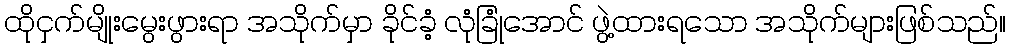
ထိုငှက်မျိုးမွေးဖွားရာ အသိုက်မှာ ခိုင်ခံ့ လုံခြုံအောင် ဖွဲ့ထားရသော အသိုက်များဖြစ်သည်။